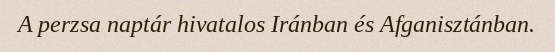
A perzsa naptár hivatalos Iránban és Afganisztánban.